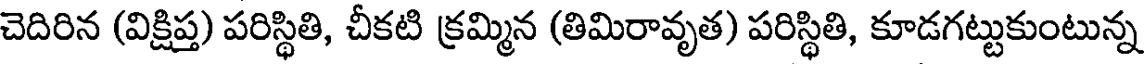
చెదిరిన (విక్షిప్త) పరిస్థితి, చీకటి క్రమ్మిన (తిమిరావృత) పరిస్థితి, కూడగట్టుకుంటున్న